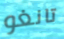
تانغو